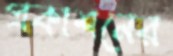
প্রকাশনের